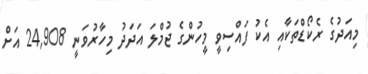
މިއަދުގެ ރެކޯޑްތަކާއި އެކު ފައްސިވީ މީހުންގެ ޖުމްލަ އަދަދު މިހާރުވަނީ 24